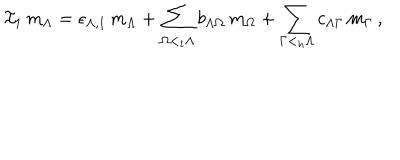
LaTeX: { \mathcal I } _ { 1 } \, m _ { \Lambda } = \epsilon _ { \Lambda , 1 } \, m _ { \Lambda } + \sum _ { \Omega < _ { t } \Lambda } b _ { \Lambda \Omega } \, m _ { \Omega } + \sum _ { \Gamma < _ { h } \Lambda } c _ { \Lambda \Gamma } \, m _ { \Gamma } \, ,